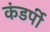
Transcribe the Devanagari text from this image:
कंडर्पी